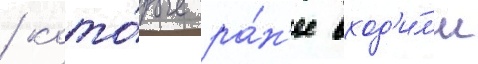
/ кото́рые ра́н'ее вход'и́л'и